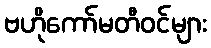
ဗဟိုကော်မတီဝင်များ